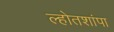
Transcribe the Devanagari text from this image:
ल्होतशांपा